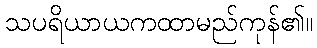
သပရိယာယကထာမည်ကုန်၏။